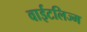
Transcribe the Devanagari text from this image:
वाईटलिज्म